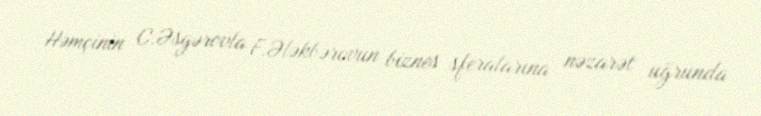
Həmçinin C.Əsgərovla F.Ələkbərovun biznes sferalarına nəzarət uğrunda